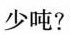
少吨?